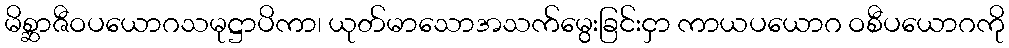
မိစ္ဆာဇီဝပယောဂသမုဋ္ဌာပိကာ၊ ယုတ်မာသောအသက်မွေးခြင်းငှာ ကာယပယောဂ ဝစီပယောဂကို